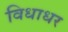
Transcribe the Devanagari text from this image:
विधाधर